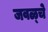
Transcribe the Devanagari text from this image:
जवळ्चे